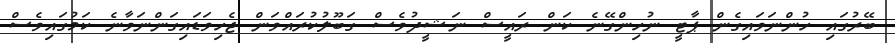
ބޭރުގައި ހުންނަވައިގެން ޕާޓީ ނުހިންގޭނެ ކަން ރައީސް ނަޝީދުވެސް ގަބޫލުކުރައްވަން ޖެހިވަޑައިގަންނަވާނެ ކަމުގައިވެސް